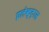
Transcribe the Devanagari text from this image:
इलेक्‍ट्रास